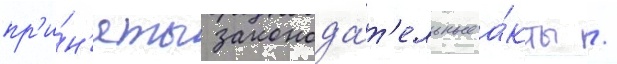
пр'и́н'яты законода́т'ельные а́кты /